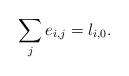
LaTeX: \begin{align*} \sum_{j}e_{i,j}= l_{i,0}. \end{align*}